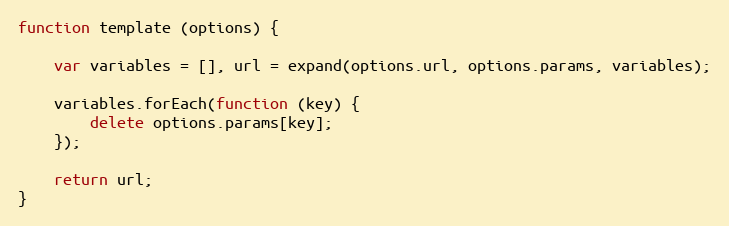
Language: JavaScript
function template (options) {

    var variables = [], url = expand(options.url, options.params, variables);

    variables.forEach(function (key) {
        delete options.params[key];
    });

    return url;
}